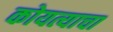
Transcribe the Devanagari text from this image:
कोयत्याचा